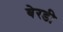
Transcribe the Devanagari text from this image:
बेरडी